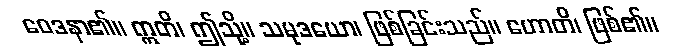
ဝေဒနာ၏။ ဣတိ၊ ဤသို့။ သမုဒယော၊ ဖြစ်ခြင်းသည်။ ဟောတိ၊ ဖြစ်၏။